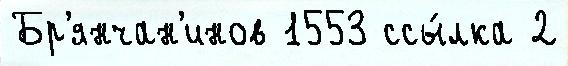
Бр'янчан'инов 1553 ссы́лка 2